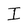
Character: I